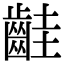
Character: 𪗹